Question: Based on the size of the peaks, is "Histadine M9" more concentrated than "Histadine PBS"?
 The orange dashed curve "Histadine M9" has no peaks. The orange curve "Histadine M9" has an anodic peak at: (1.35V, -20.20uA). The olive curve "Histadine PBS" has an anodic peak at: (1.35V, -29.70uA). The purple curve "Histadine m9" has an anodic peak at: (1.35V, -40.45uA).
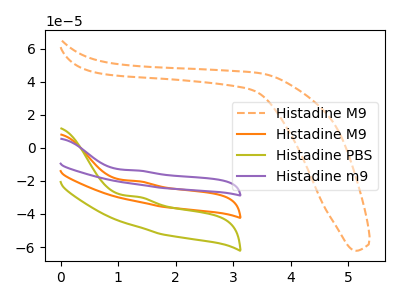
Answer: <think>All the peaks in "Histadine PBS" have a peak in "Histadine M9" at the same potential. Every peak in "Histadine PBS" is lower than every peak in "Histadine M9".
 </think>
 <answer>"Histadine PBS" has less signal than "Histadine M9" and so likely has a lower concentration.</answer>
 <eval>less_concentration</eval>